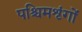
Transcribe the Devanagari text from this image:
पश्चिमशृंगों